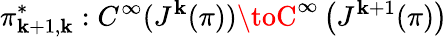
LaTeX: \pi_{\mathbf{k}+1,\mathbf{k}}^{*}:C^{\infty}(J^{\mathbf{k}}(\pi))\toC^{\infty}\left(J^{\mathbf{k}+1}(\pi)\right)